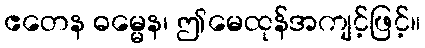
ဧတေန ဓမ္မေန၊ ဤမေထုန်အကျင့်ဖြင့်။